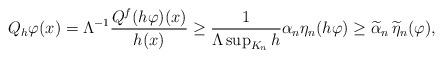
LaTeX: \begin{align*}Q_h\varphi(x) = \Lambda^{-1}\frac{Q^f( h\varphi)(x)}{h(x)}\geq \frac{1}{\Lambda \sup_{K_n} h} \alpha_n\eta_n(h \varphi) \geq \widetilde{\alpha}_n\, \widetilde{\eta}_{n}(\varphi),\end{align*}